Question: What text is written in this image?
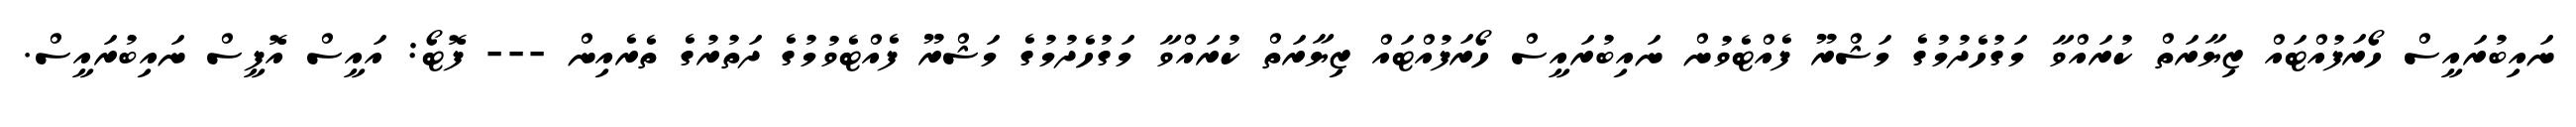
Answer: ނައިބުރައީސް ހޯރަފުއްޓައް ޒިޔާރަތް ކުރައްވާ މަގުހެދުމުގެ މަޝްރޫ ފެއްޓެވުން ނައިބުރައީސް ހޯރަފުއްޓައް ޒިޔާރަތް ކުރައްވާ މަގުހެދުމުގެ މަޝްރޫ ފެއްޓެވުމުގެ ދަތުރުގެ ތެރެއިން --- ފޮޓޯ: އައީސް އޮފީސް ނައިބުރައީސް.